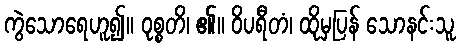
ကွဲသောရေဟူ၍။ ဝုစ္စတိ၊ ၏။ ဝိပရီတံ၊ ထိုမှပြန် သောနင်းသူ